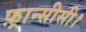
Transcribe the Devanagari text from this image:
फ़्रान्सीसी।